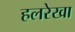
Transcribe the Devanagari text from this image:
हलरेखा